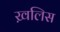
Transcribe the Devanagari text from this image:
ख़लिस